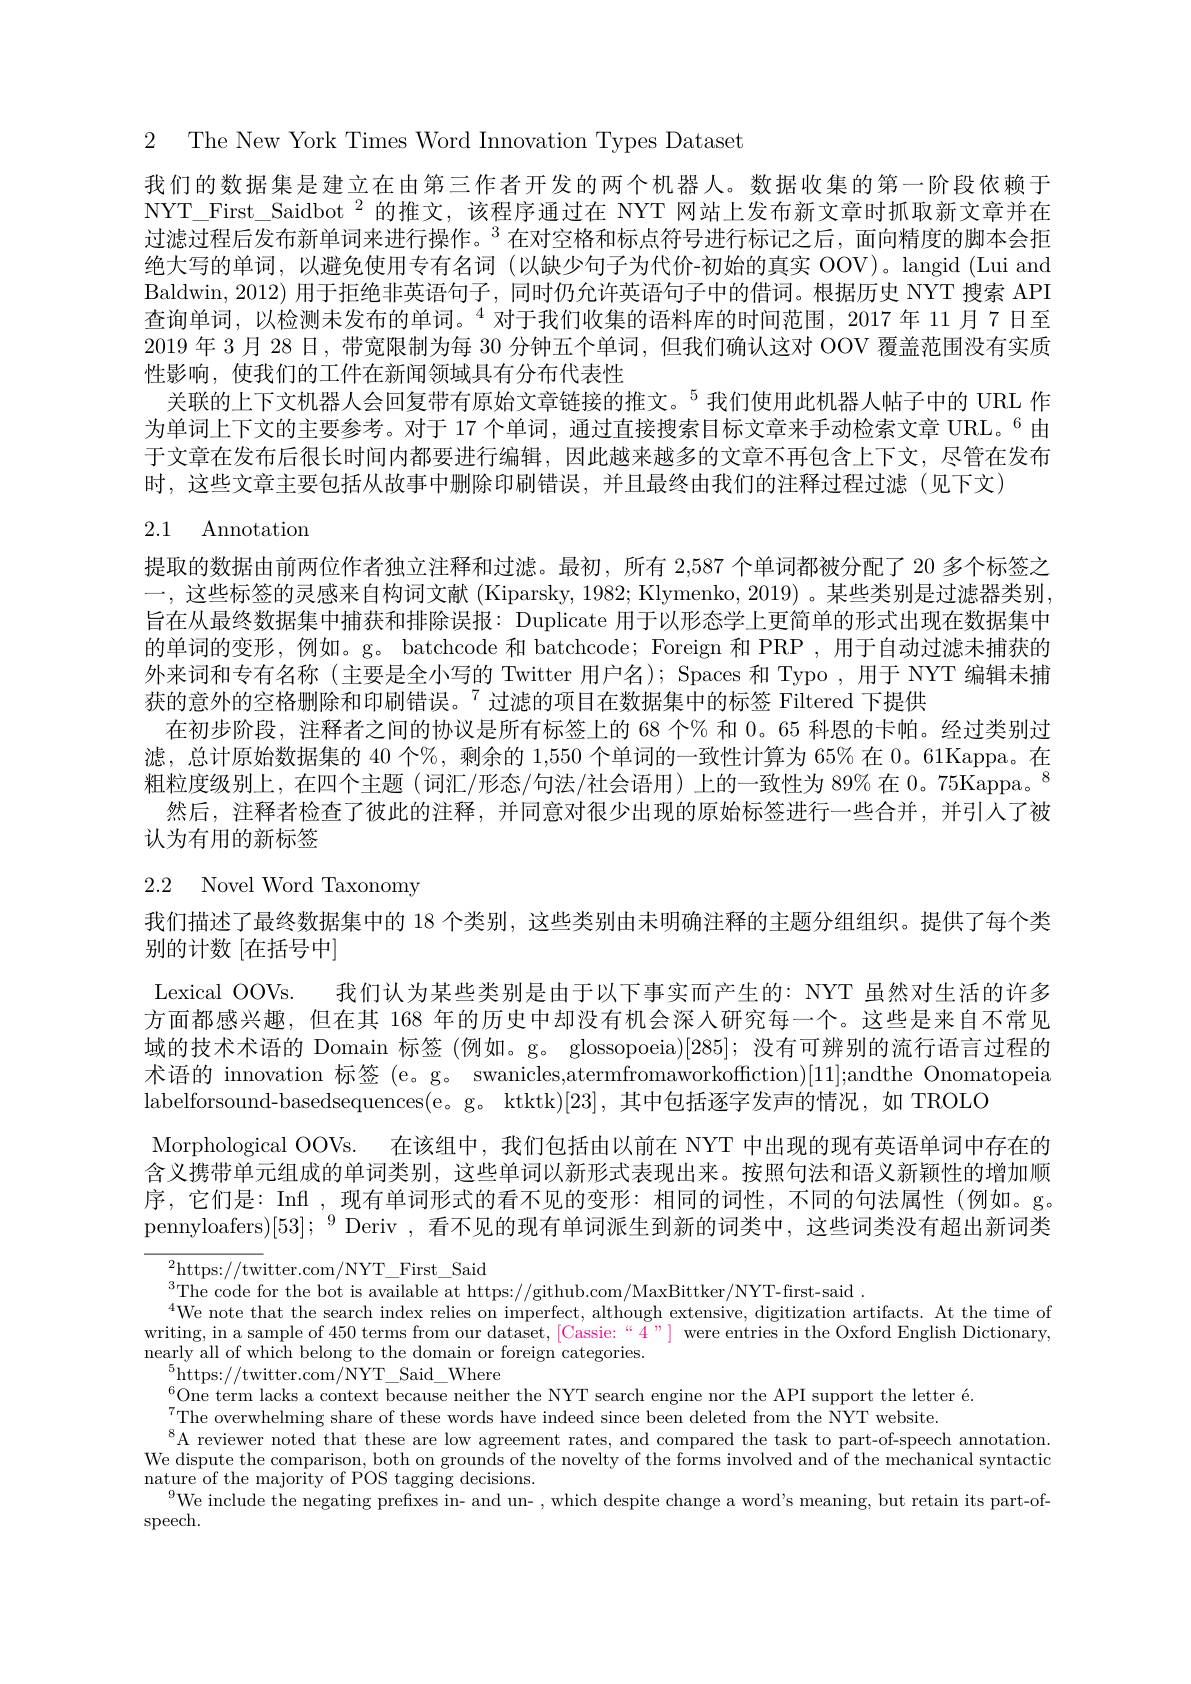
2 The New York Times Word Innovation Types Dataset

我们的数据集是建立在由第三作者开发的两个机器人。数据收集的第一阶段依赖于NYT\_First\_Saidbot\_$^2$的推文，该程序通过在 NYT 网站上发布新文章时抓取新文章并在过滤过程后发布新单词来进行操作。$^{3}$在对空格和标点符号进行标记之后，面向精度的脚本会拒绝大写的单词，以避免使用专有名词(以缺少句子为代价-初始的真实 OOV)。langid (Lui and Baldwin, 2012) 用于拒绝非英语句子，同时仍允许英语句子中的借词。根据历史 NYT 搜索 API 查询单词，以检测未发布的单词。$^{4}$对于我们收集的语料库的时间范围，2017年 11月7日至2019 年 3 月 28 日，带宽限制为每 30 分钟五个单词，但我们确认这对 OOV 覆盖范围没有实质性影响，使我们的工件在新闻领域具有分布代表性
关联的上下文机器人会回复带有原始文章链接的推文。$^{5}$我们使用此机器人帖子中的 URL 作为单词上下文的主要参考。对于 17 个单词，通过直接搜索目标文章来手动检索文章 URL。$^{6}$由于文章在发布后很长时间内都要进行编辑，因此越来越多的文章不再包含上下文，尽管在发布时，这些文章主要包括从故事中删除印刷错误，并且最终由我们的注释过程过滤(见下文)

# 2.1 Annotation

提取的数据由前两位作者独立注释和过滤。最初，所有 2,587 个单词都被分配了 20 多个标签之一，这些标签的灵感来自构词文献 (Kiparsky, 1982; Klymenko, 2019) 。某些类别是过滤器类别旨在从最终数据集中捕获和排除误报：Duplicate 用于以形态学上更简单的形式出现在数据集中的单词的变形，例如。g。batchcode 和 batchcode; Foreign 和 PRP , 用于自动过滤未捕获的外来词和专有名称 (主要是全小写的 Twitter 用户名); Spaces 和 Typo , 用于 NYT 编辑未捕获的意外的空格删除和印刷错误。$^{7}$过滤的项目在数据集中的标签 Filtered 下提供
在初步阶段，注释者之间的协议是所有标签上的 68 个% 和0。65 科恩的卡帕。经过类别过滤，总计原始数据集的 40 个%, 剩余的 1,550 个单词的一致性计算为 65% 在 0。61Kappa。在粗粒度级别上，在四个主题(词汇/形态/句法/社会语用)上的一致性为 89% 在$0。75\text{Kappa。}^{8}$
然后，注释者检查了彼此的注释，并同意对很少出现的原始标签进行一些合并，并引人了被
认为有用的新标签

# 2.2 Novel Word Taxonomy

我们描述了最终数据集中的 18 个类别，这些类别由未明确注释的主题分组组织。提供了每个类
别的计数[在括号中]
Lexical OOVs. 我们认为某些类别是由于以下事实而产生的：NYT 虽然对生活的许多方面都感兴趣，但在其 168 年的历史中却没有机会深人研究每一个。这些是来自不常见域的技术术语的 Domain 标签 (例如。g。glossopoeia)[285]; 没有可辨别的流行语言过程的术语的 innovation 标签 (e。g。swanicles,atermfromaworkoffiction)[11];andthe Onomatopeia labelforsound-basedsequences(e。g。ktktk)[23],其中包括逐字发声的情况，如 TROLO
Morphological OOVs. 在该组中，我们包括由以前在 NYT 中出现的现有英语单词中存在的含义携带单元组成的单词类别，这些单词以新形式表现出来。按照句法和语义新颖性的增加顺序，它们是：Inff , 现有单词形式的看不见的变形：相同的词性，不同的句法属性 (例如。g。pennyloafers)[53];“$^{9}$Deriv,看不见的现有单词派生到新的词类中，这些词类没有超出新词类

${}_{a}^{2}$https://twitter.com/NYT\_First\_Said
$^{3}$The code for the bot is available at https://github.com/MaxBittker/NYT-first-said~.
$^{4}$We note that the search index relies on imperfect, although extensive, digitization artifacts. At the time of writing, in a sample of 450 terms from our dataset, [Cassie:“4”] were entries in the Oxford English Dictionary, nearly all of which belong to the domain or foreign categories.
$^{5}$https://twitter.com/NYT\_Said\_Where
$^{6}$One term lacks a context because neither the NYT search engine nor the API support the letter é.
$^{7}$The overwhelming share of these words have indeed since been deleted from the NYT website.
$^{8}$A reviewer noted that these are low agreement rates, and compared the task to part-of-speech annotation. We dispute the comparison, both on grounds of the novelty of the forms involved and of the mechanical syntactic nature of the majority of POS tagging decisions.
$^{9}$We include the negating prefixes in- and un- , which despite change a word's meaning, but retain its part-of-
speech.